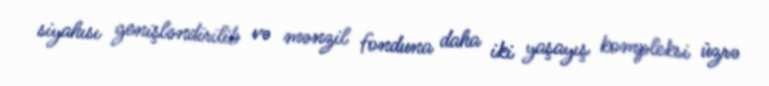
siyahısı genişləndirilib və mənzil fonduna daha iki yaşayış kompleksi üzrə